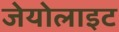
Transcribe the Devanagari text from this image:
जेयोलाइट